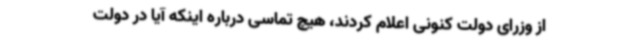
از وزرای دولت کنونی اعلام کردند، هیچ تماسی درباره اینکه آیا در دولت